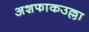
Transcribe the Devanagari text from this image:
अशफाकउल्ला